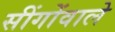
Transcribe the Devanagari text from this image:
सींगोंवाले